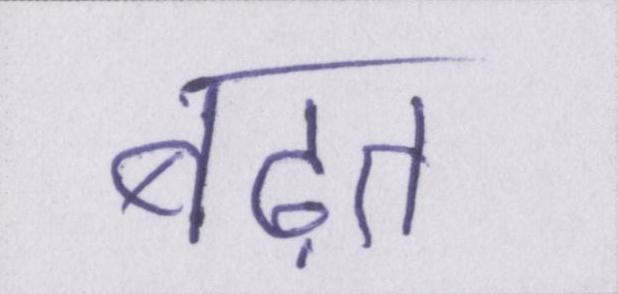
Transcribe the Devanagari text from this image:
बढ़त